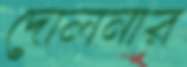
দোলনার